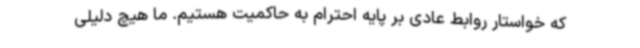
که خواستار روابط عادی بر پایه احترام به حاکمیت هستیم. ما هیچ دلیلی